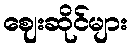
ဈေးဆိုင်များ